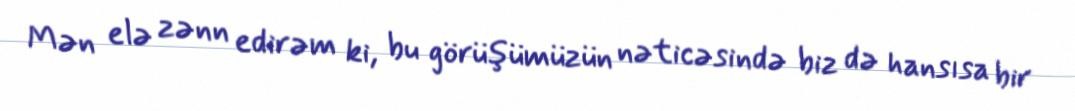
Mən elə zənn edirəm ki, bu görüşümüzün nəticəsində biz də hansısa bir